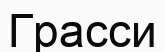
Грасси